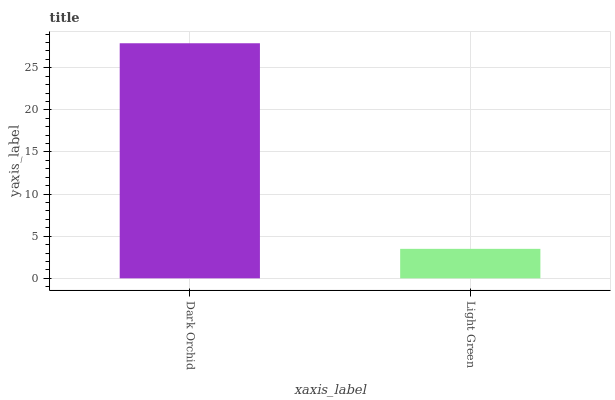
| xaxis_label | bars |
 | --- | --- |
 | Dark Orchid | 27.9 |
 | Light Green | 3.5 |